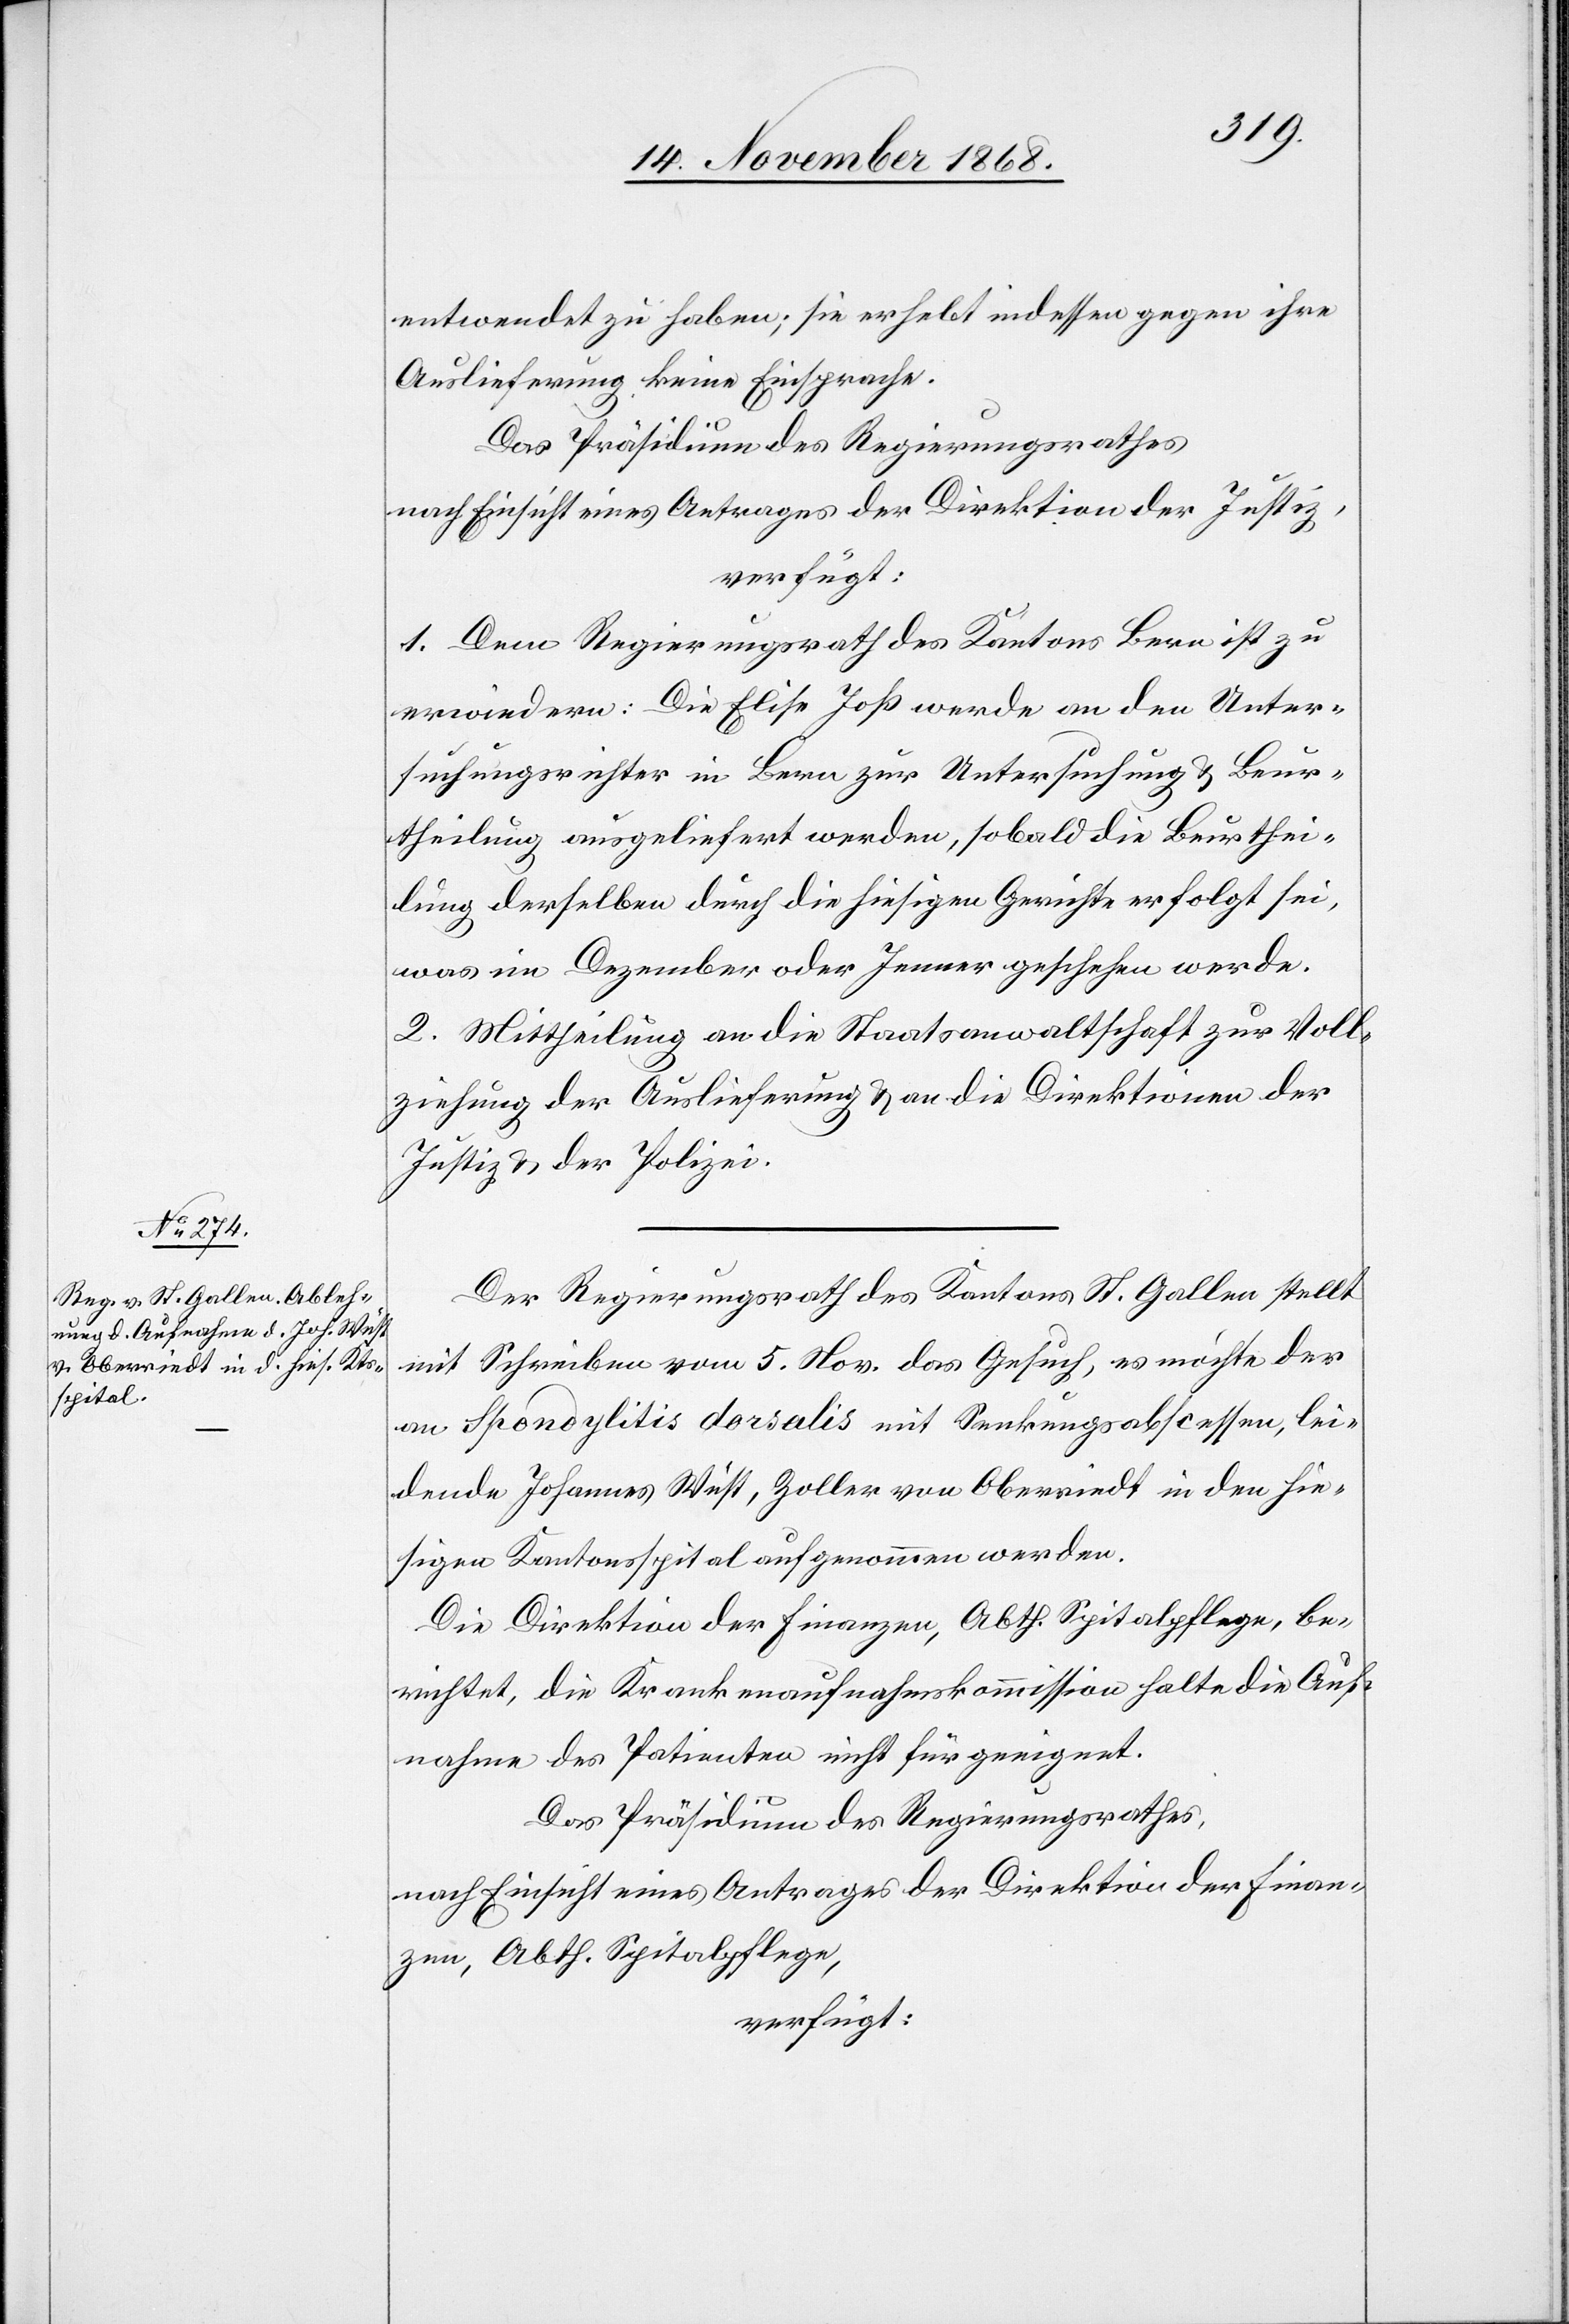
14. November 1868.]
entwendet zu haben; sie erhebt indessen gegen ihre
Auslieferung keine Einsprache.
Das Präsidium des Regierungsrathes
nach Einsicht eines Antrages der Direktion der Justiz,
verfügt:
1. Dem Regierungsrath des Kantons Bern ist zu
erwiedern: Die Elise Joß werde an den Unter¬
suchungsrichter in Bern zur Untersuchung & Beur¬
theilung ausgeliefert werden, sobald die Beurthei¬
lung derselben durch die hiesigen Gerichte erfolgt sei,
was im Dezember oder Jenner geschehen werde.
2. Mittheilung an die Staatsanwaltschaft zur Voll¬
ziehung der Auslieferung & an die Direktionen der
Justiz & der Polizei.
Der Regierungsrath des Kantons St. Gallen stellt
mit Schreiben vom 5. Nov. das Gesuch, es möchte der
an Spondylitis dorsalis mit Senkungsabscessen, lei¬
dende Johannes Wüst, Zoller von Oberriedt in den hie¬
sigen Kantonsspital aufgenommen werden.
Die Direktion der Finanzen, Abth. Spitalpflege, be¬
richtet, die Krankenaufnahmskommission halte die Auf¬
nahme des Patienten nicht für geeignet.
Das Präsidium des Regierungsrathes,
nach Einsicht eines Antrages der Direktion der Finan¬
zen, Abth. Spitalpflege,
verfügt: